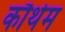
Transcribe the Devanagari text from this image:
कौथेम